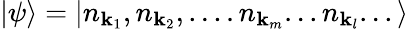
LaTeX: |\psi\rangle=\left|n_{\mathbf{k}_{1}},n_{\mathbf{k}_{2}},....n_{\mathbf{k}_{m}}...n_{\mathbf{k}_{l}}...\right\rangle